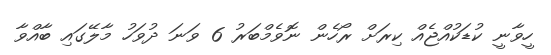
ހީވާނީ ކުޑަކުއްޖެއް ކިރަށް ރޯހެން ނޮވެމްބަރު 6 ވަނަ ދުވަހު މާލޭގައި ބާއްވާ